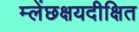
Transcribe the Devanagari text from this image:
म्लेंछक्षयदीक्षित